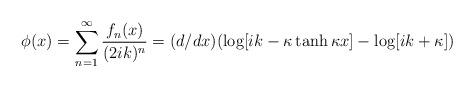
LaTeX: \begin{align*}\phi(x) = \sum_{n=1}^{\infty} {f_{n}(x)\over{(2ik)^n}} =(d/dx) (\log[ik - \kappa \tanh \kappa x] -\log[ik + \kappa])\end{align*}